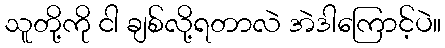
သူတို့ကို ငါ ချစ်လို့ရတာလဲ အဲဒါကြောင့်ပဲ။